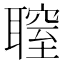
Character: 䏄